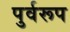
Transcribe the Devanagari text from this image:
पुर्वरूप